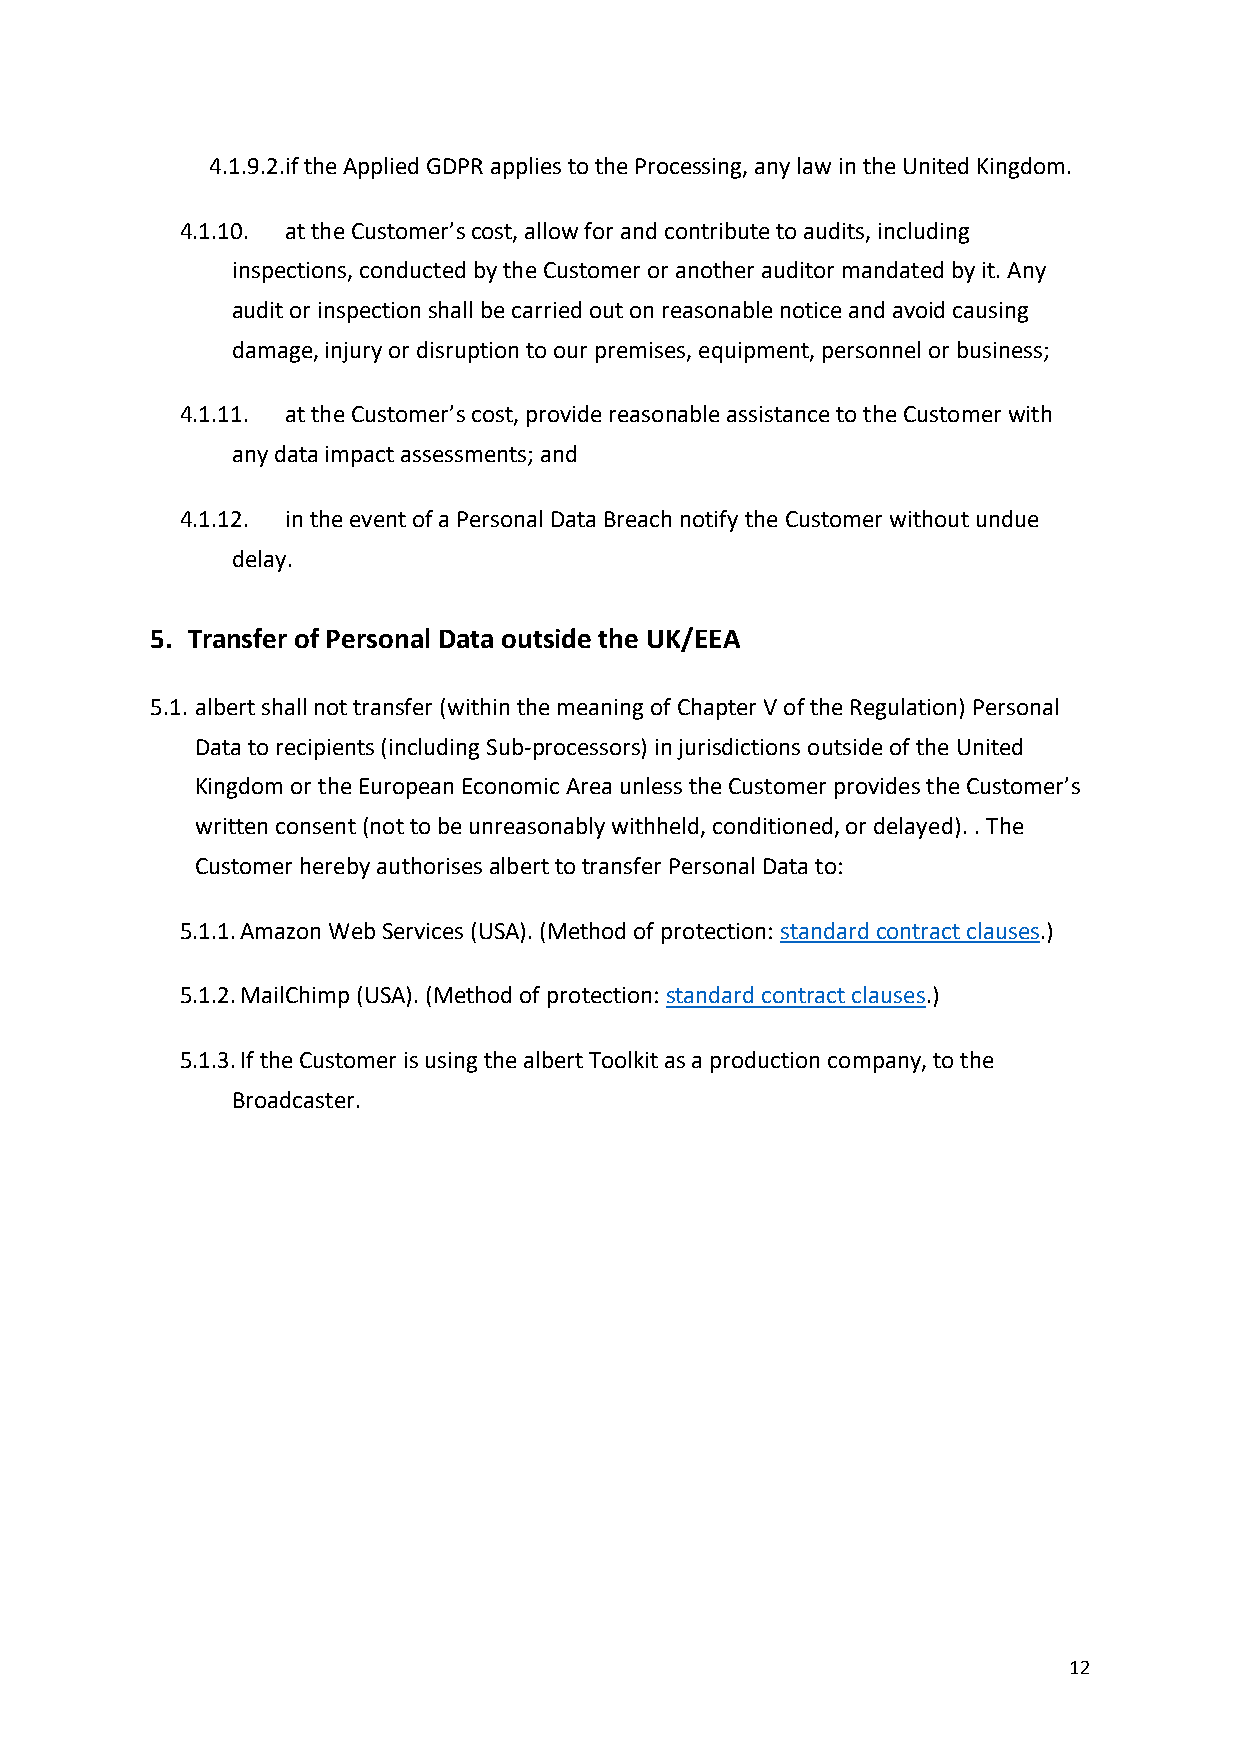
4.1.9.2.if the Applied GDPR applies to the Processing, any law in the United Kingdom.
 4.1.10. at the Customer’s cost, allow for and contribute to audits, including
 inspections, conducted by the Customer or another auditor mandated by it. Any
 audit or inspection shall be carried out on reasonable notice and avoid causing
 damage, injury or disruption to our premises, equipment, personnel or business;
 4.1.11. at the Customer’s cost, provide reasonable assistance to the Customer with
 any data impact assessments; and
 4.1.12. in the event of a Personal Data Breach notify the Customer without undue
 delay.
 5. Transfer of Personal Data outside the UK/EEA
 5.1. albert shall not transfer (within the meaning of Chapter V of the Regulation) Personal
 Data to recipients (including Sub-processors) in jurisdictions outside of the United
 Kingdom or the European Economic Area unless the Customer provides the Customer’s
 written consent (not to be unreasonably withheld, conditioned, or delayed). . The
 Customer hereby authorises albert to transfer Personal Data to:
 5.1.1. Amazon Web Services (USA). (Method of protection: standard contract clauses.)
 5.1.2. MailChimp (USA). (Method of protection: standard contract clauses.)
 5.1.3. If the Customer is using the albert Toolkit as a production company, to the
 Broadcaster.
 12